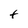
Character: t